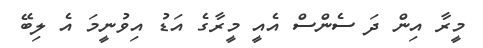
މީރާ އިން ދަ ސެންސް އެއީ މީރާގެ އަޑު އިވުނީމަ އެ ލިބޭ